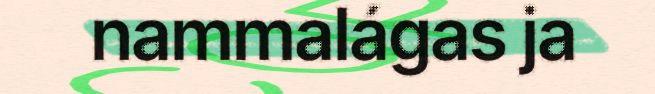
nammalágas ja